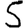
Digit: 5